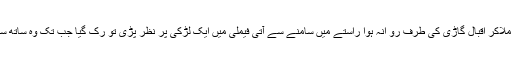
اجمل سے ہاتھ ملاکر اقبال گاڑی کی طرف رو انہ ہوا راستے میں سامنے سے آتی فیملی میں ایک لڑکی پر نظر پڑی تو رُک گیا جب تک وہ ساتھ سے گزرنہ گئی۔